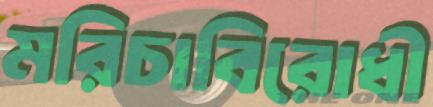
মরিচাবিরোধী